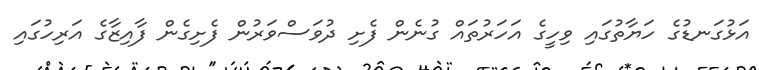
އަޅުގަނޑުގެ ހަޔާތުގައި ވިހީގެ އަހަރުތައް ގުނެން ފެށި ދުވަސްވަރުން ފެށިގެން ފާއިޒާގެ އަރިހުގައި